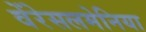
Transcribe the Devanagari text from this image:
वेंरेसलमेनिया